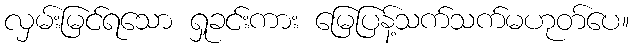
လှမ်းမြင်ရသော ရှုခင်းကား မြေပြန့်သက်သက်မဟုတ်ပေ။